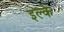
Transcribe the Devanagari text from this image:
इल्‍के